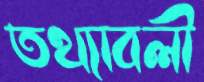
তথ্যাবলী